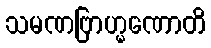
သမဏဗြာဟ္မဏောတိ